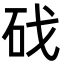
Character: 䂝